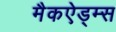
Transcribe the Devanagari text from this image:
मैकऐड्म्स